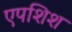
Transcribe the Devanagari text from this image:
एपशिश